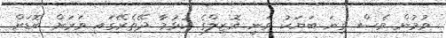
ވުމުން ވެސް ގިނަ ބަޔަކު ވަނީ އޮޒިލްގެ ކުޅުމާ ދޭތެރޭގައި ވަރަށް ބޮޑަށް